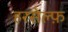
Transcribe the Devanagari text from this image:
हरसेल्फ़